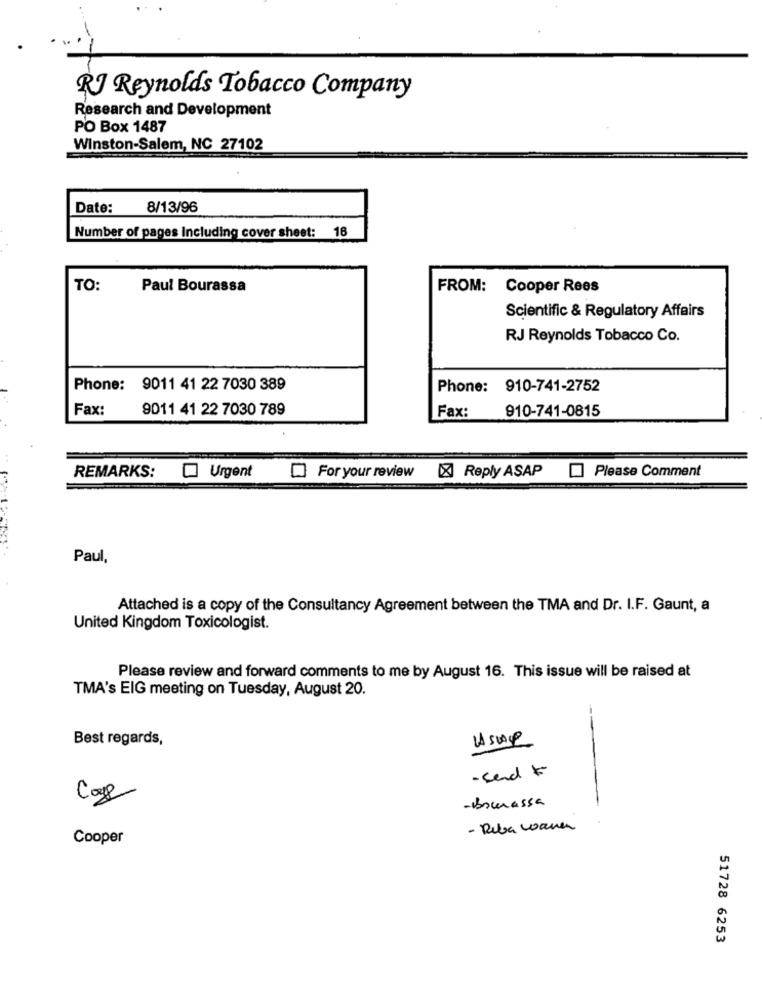
RJ Reynolds Tobacco Company
Research and Development
PO Box 1487
Winston-Salem, NC 27102
Date:
8/13/96
Number of pages Including cover sheet: 18
TO:
Paul Bourassa
FROM: Cooper Rees
Scientific & Regulatory Affairs
RJ Reynolds Tobacco Co.
Phone: 9011 41 22 7030 389
Phone: 910-741-2752
Fax:
9011 41 22 7030 789
Fax:
910-741-0815
Please Comment
REMARKS: [ Urgent
For your review X Reply ASAP
Paul,
Attached is a copy of the Consultancy Agreement between the TMA and Dr. I.F. Gaunt, a
United Kingdom Toxicologist.
Please review and forward comments to me by August 16. This issue will be raised at
TMA's EIG meeting on Tuesday, August 20.
Best regards,
- send *
Cap
-Bourassa
- Reba wana
Cooper
51728 6253